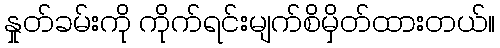
နှုတ်ခမ်းကို ကိုက်ရင်းမျက်စိမှိတ်ထားတယ်။